Indian journal of veterinary science and animal husbandry - Volume 3,
Year: 1933
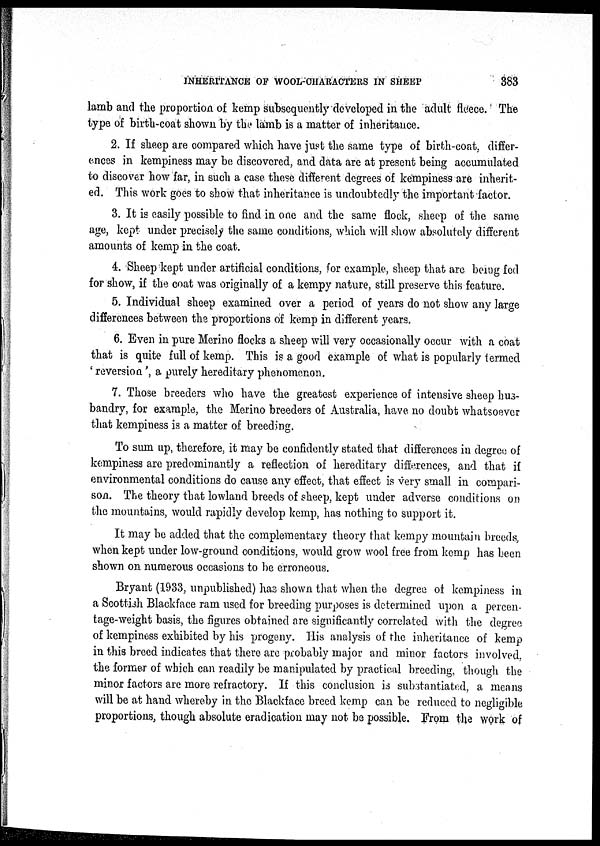
INHERITANCE OF WOOL-CHARACTERS IN SHEEP
383
lamb and the proportion of kemp subsequently developed in the adult fleece. The
type of birth-coat shown by the lamb is a matter of inheritance.
2. If sheep are compared which have just the same type of birth-coat, differ-
ences in kempiness may be discovered, and data are at present being accumulated
to discover how far, in such a case these different degrees of kempiness are inherit-
ed. This work goes to show that inheritance is undoubtedly the important factor.
3. It is easily possible to find in one and the same flock, sheep of the same
age, kept under precisely the same conditions, which will show absolutely different
amounts of kemp in the coat.
4. Sheep kept under artificial conditions, for example, sheep that are being fed
for show, if the coat was originally of a kempy nature, still preserve this feature.
5. Individual sheep examined over a period of years do not show any large
differences between the proportions of kemp in different years.
6. Even in pure Merino flocks a sheep will very occasionally occur with a coat
that is quite full of kemp. This is a good example of what is popularly termed
' reversion', a purely hereditary phenomenon.
7. Those breeders who have the greatest experience of intensive sheep hus-
bandry, for example, the Merino breeders of Australia, have no doubt whatsoever
that kempiness is a matter of breeding.
To sum up, therefore, it may be confidently stated that differences in degree of
kempiness are predominantly a reflection of hereditary differences, and that if
environmental conditions do cause any effect, that effect is very small in compari-
son. The theory that lowland breeds of sheep, kept under adverse conditions on
the mountains, would rapidly develop kemp, has nothing to support it.
It may be added that the complementary theory that kempy mountain breeds,
when kept under low-ground conditions, would grow wool free from kemp has been
shown on numerous occasions to be erroneous.
Bryant (1933, unpublished) has shown that when the degree of kempiness in
a Scottish Blackface ram used for breeding purposes is determined upon a percen-
tage-weight basis, the figures obtained are significantly correlated with the degree
of kempiness exhibited by his progeny. His analysis of the inheritance of kemp
in this breed indicates that there are probably major and minor factors involved,
the former of which can readily be manipulated by practical breeding, though the
minor factors are more refractory. If this conclusion is substantiated, a means
will be at hand whereby in the Blackface breed kemp can be reduced to negligible
proportions, though absolute eradication may not be possible. From the work of